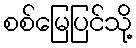
စစ်မြေပြင်သို့